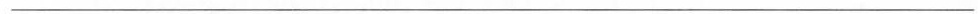
___